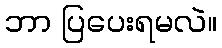
ဘာ ပြပေးရမလဲ။